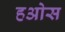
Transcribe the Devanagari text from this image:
हओस